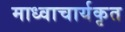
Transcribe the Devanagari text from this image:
माध्वाचार्यकृत